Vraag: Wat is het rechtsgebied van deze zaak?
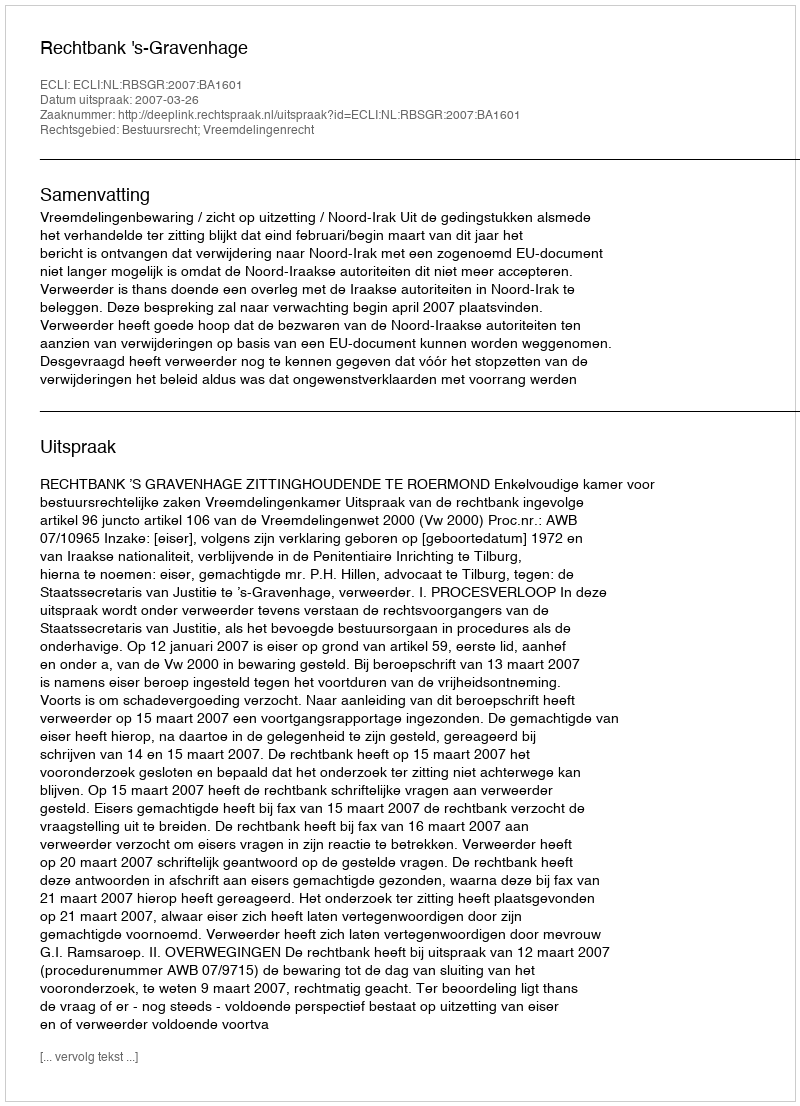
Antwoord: Bestuursrecht; Vreemdelingenrecht